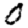
Digit: 0